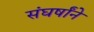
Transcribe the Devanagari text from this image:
संघर्षांने